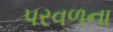
પરવળના